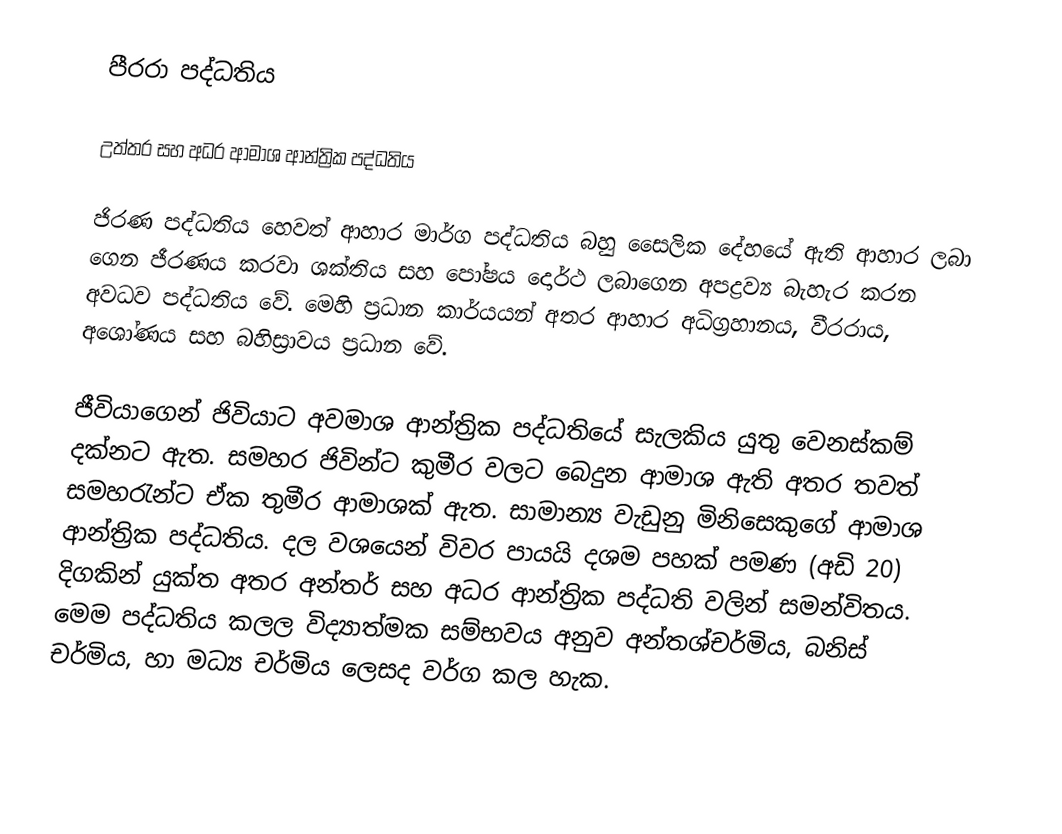
පීරරා පද්ධතිය

උත්තර සහ අධර ආමාශ ආන්ත්‍රික පද්ධතිය

	ජිරණ පද්ධතිය හෙවත් ආහාර මාර්ග පද්ධතිය බහු සෛලික දේහයේ ඇති ආහාර ලබා ගෙන ජීරණය කරවා ශක්තිය සහ පෝෂය දොර්ථ ලබාගෙන අපද්‍රව්‍ය බැහැර කරන අවධව පද්ධතිය වේ. මෙහි ප්‍රධාන කාර්යයන් අතර ආහාර අධිග්‍රහානය, වීරරාය, අ‍ශෝණය සහ බහිස්‍රාවය ප්‍රධාන වේ.

	ජීවියාගෙන් ජිවියාට අවමාශ ආන්ත්‍රික පද්ධතියේ සැලකිය යුතු වෙනස්කම් දක්නට ඇත. සමහර ජිවින්ට කුමීර වලට බෙදුන ආමාශ ඇති අතර තවත් සමහරැන්ට ඒක තුමීර ආමාශක් ඇත. සාමාන්‍ය වැඩුනු මිනිසෙකුගේ ආමාශ ආන්ත්‍රික පද්ධතිය. දල වශයෙන් විවර පායයි දශම පහක් පමණ (අඩි 20) දිගකින් යුක්ත අතර අන්තර් සහ අධර ආන්ත්‍රික පද්ධති වලින් සමන්විතය. මෙම පද්ධතිය කලල විද්‍යාත්මක සම්භවය අනුව අන්තශ්චර්මිය, බනිස් චර්මිය, හා මධ්‍ය චර්මිය ලෙසද වර්ග කල හැක.